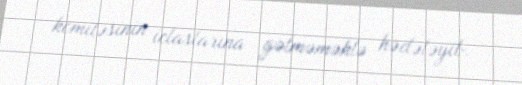
komitəsinin iclaslarına gəlməməklə hədələyib.